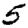
Digit: 5